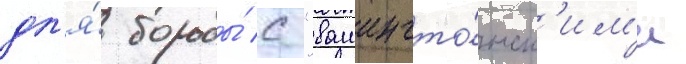
дл'я́ борьбы́ с "вашингто́нск'им'и